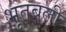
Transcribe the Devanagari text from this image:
भूतबली